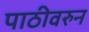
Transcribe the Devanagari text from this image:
पाठीवरुन